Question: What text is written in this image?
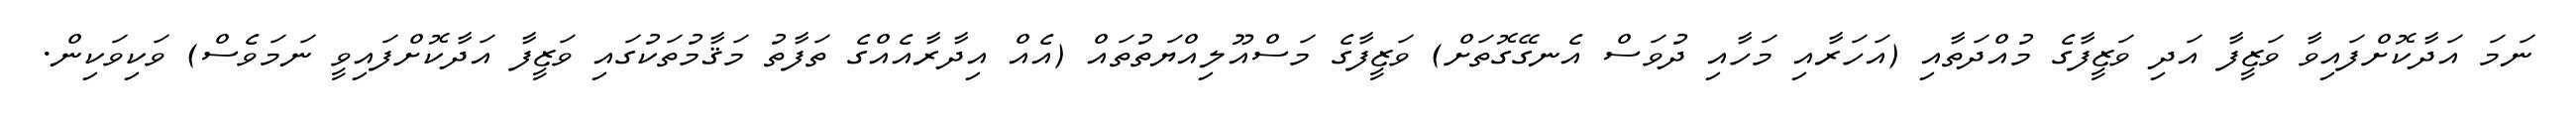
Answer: ނަމަ އަދާކޮށްފައިވާ ވަޒީފާ އަދި ވަޒީފާގެ މުއްދަތާއި (އަހަރާއި މަހާއި ދުވަސް އެނގޭގޮތަށް) ވަޒީފާގެ މަސްއޫލިއްޔަތުތައް (އެއް އިދާރާއެއްގެ ތަފާތު މަޤާމުތަކުގައި ވަޒީފާ އަދާކޮށްފައިވީ ނަމަވެސް) ވަކިވަކިން.